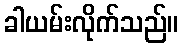
ခါယမ်းလိုက်သည်။